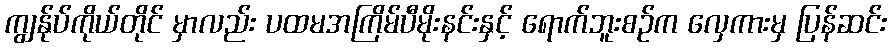
ကျွန်ုပ်ကိုယ်တိုင် မှာလည်း ပထမအကြိမ်ပီမိုးနင်းနှင့် ရောက်ဘူးစဉ်က လှေကားမှ ပြန်ဆင်း